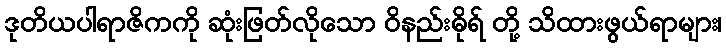
ဒုတိယပါရာဇိကကို ဆုံးဖြတ်လိုသော ဝိနည်းဓိုရ် တို့ သိထားဖွယ်ရာများ၊